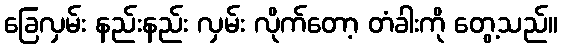
ခြေလှမ်း နည်းနည်း လှမ်း လိုက်တော့ တံခါးကို တွေ့သည်။